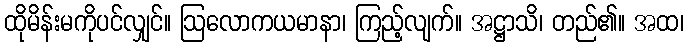
ထိုမိန်းမကိုပင်လျှင်။ ဩလောကယမာနာ၊ ကြည့်လျက်။ အဋ္ဌာသိ၊ တည်၏။ အထ၊